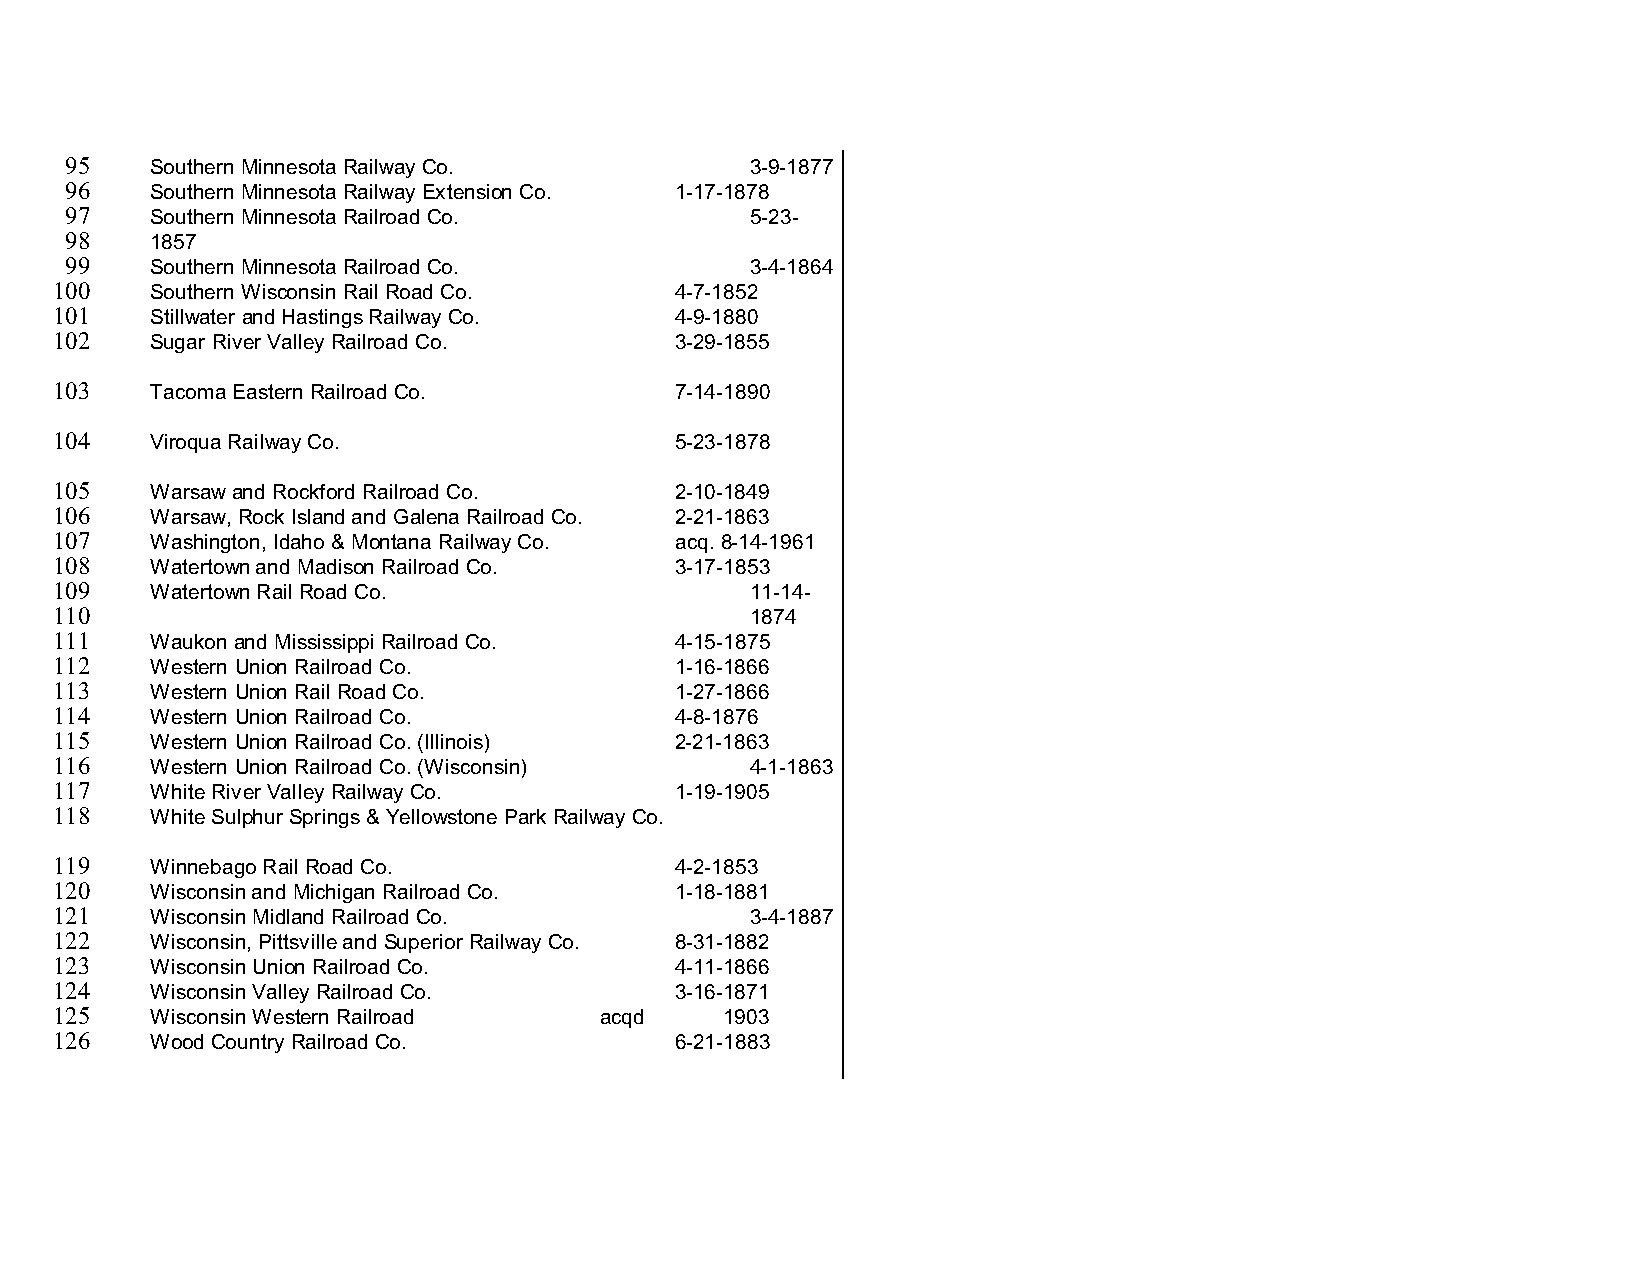
95    Southern Minnesota Railway Co.          3-9-1877
 96    Southern Minnesota Railway Extension Co. 1-17-1878
 97    Southern Minnesota Railroad Co.         5-23-
 98    1857
 99    Southern Minnesota Railroad Co.         3-4-1864
 100    Southern Wisconsin Rail Road Co.   4-7-1852
 101    Stillwater and Hastings Railway Co. 4-9-1880
 102    Sugar River Valley Railroad Co.    3-29-1855
 103    Tacoma Eastern Railroad Co.        7-14-1890
 104    Viroqua Railway Co.                5-23-1878
 105    Warsaw and Rockford Railroad Co.   2-10-1849
 106    Warsaw, Rock Island and Galena Railroad Co. 2-21-1863
 107    Washington, Idaho & Montana Railway Co. acq. 8-14-1961
 108    Watertown and Madison Railroad Co. 3-17-1853
 109    Watertown Rail Road Co.                 11-14-
 110                                            1874
 111    Waukon and Mississippi Railroad Co. 4-15-1875
 112    Western Union Railroad Co.         1-16-1866
 113    Western Union Rail Road Co.        1-27-1866
 114    Western Union Railroad Co.         4-8-1876
 115    Western Union Railroad Co. (Illinois) 2-21-1863
 116    Western Union Railroad Co. (Wisconsin)  4-1-1863
 117    White River Valley Railway Co.     1-19-1905
 118    White Sulphur Springs & Yellowstone Park Railway Co.
 119    Winnebago Rail Road Co.            4-2-1853
 120    Wisconsin and Michigan Railroad Co. 1-18-1881
 121    Wisconsin Midland Railroad Co.          3-4-1887
 122    Wisconsin, Pittsville and Superior Railway Co. 8-31-1882
 123    Wisconsin Union Railroad Co.       4-11-1866
 124    Wisconsin Valley Railroad Co.      3-16-1871
 125    Wisconsin Western Railroad    acqd    1903
 126    Wood Country Railroad Co.          6-21-1883